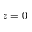
z = 0